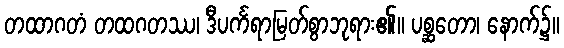
တထာဂတံ တထဂတဿ၊ ဒီပင်္ကရာမြတ်စွာဘုရား၏။ ပစ္ဆတော၊ နောက်၌။